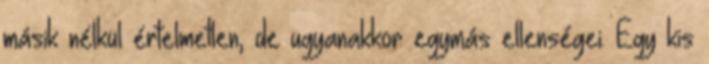
másik nélkül értelmetlen, de ugyanakkor egymás ellenségei. Egy kis